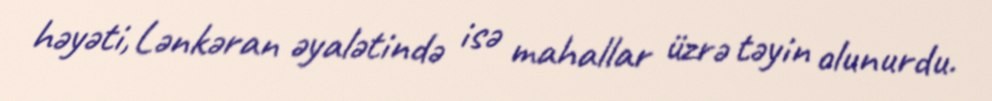
həyəti, Lənkəran əyalətində isə mahallar üzrə təyin olunurdu.